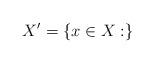
LaTeX: \begin{align*}X'=\{x \in X: \}\end{align*}